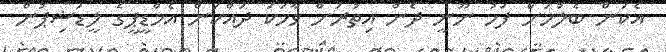
އެކަން ބެލުމަށް ފަހު ނޫނީ ދެން އިތުރަށް ވާހަކަ ދައްކަން އެމްޑީޕީގެ ލީޑަޝިޕުން